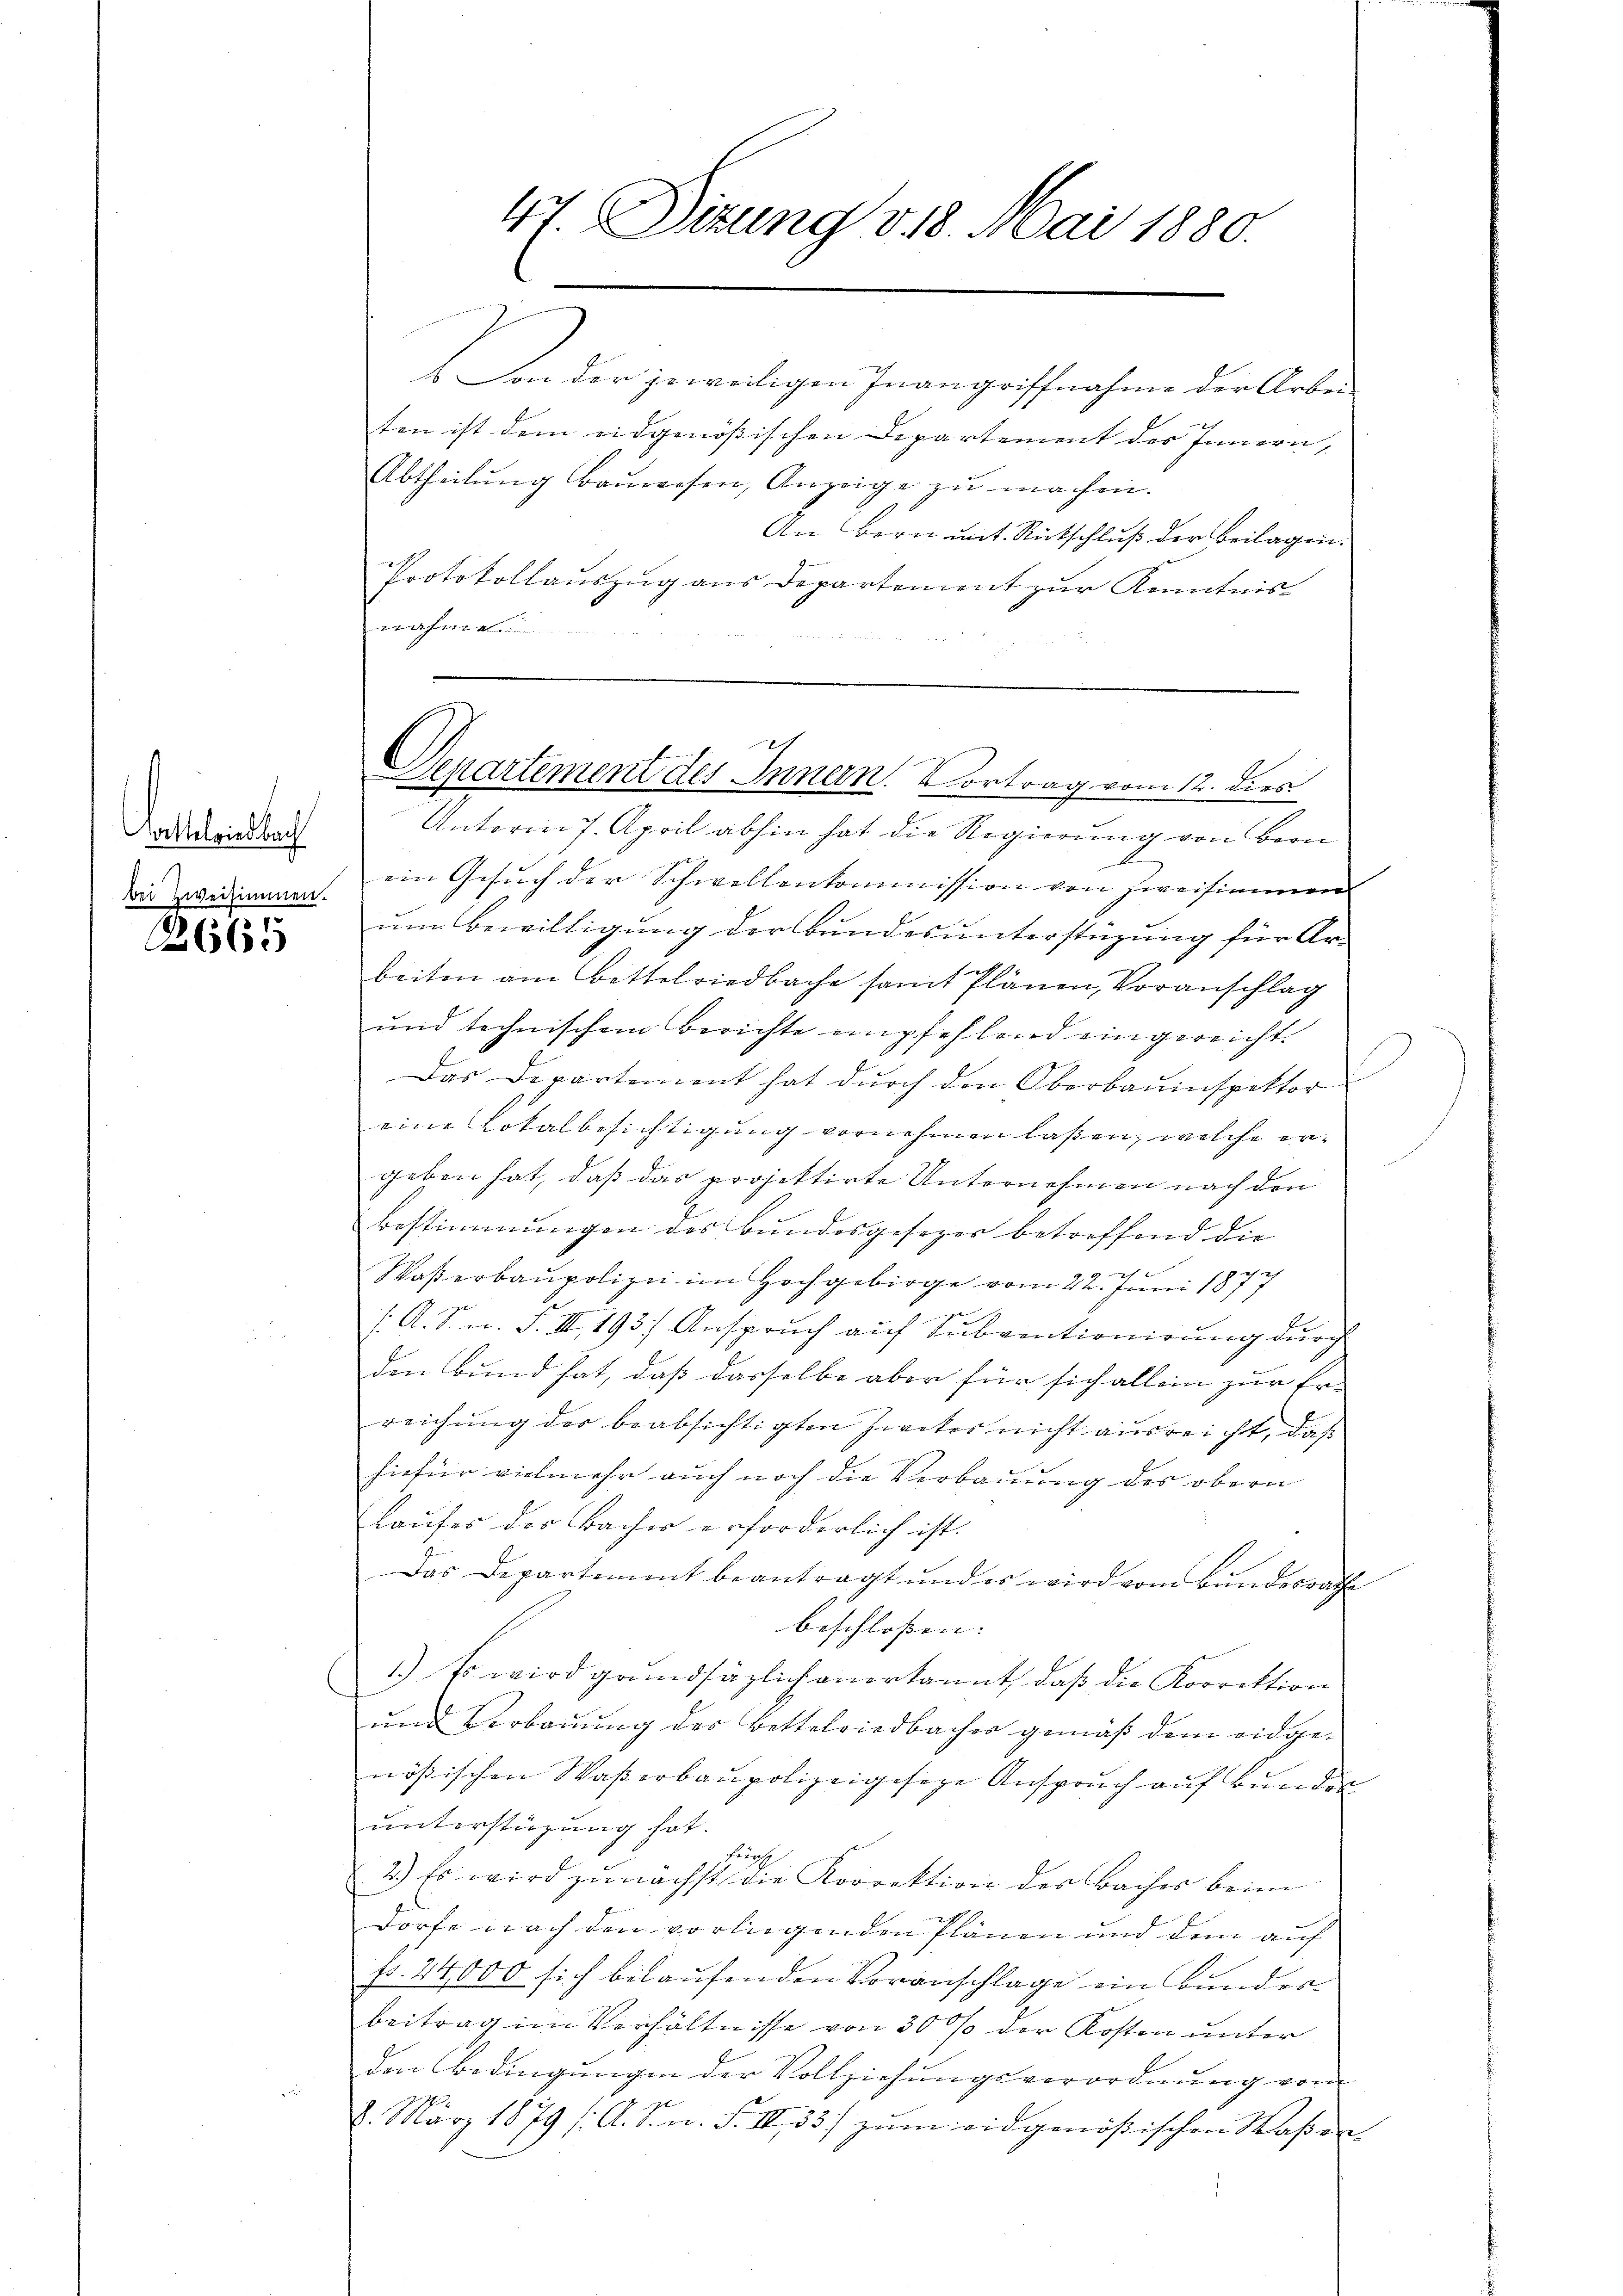
Cortelriedbach
bei Zweisimmen.

8
2660

Von der jeweiligen Inangriffnahme der Arbeiten ist dem eidgenössischen Departement des Innern, |
Abtheilŭng bauwesen, Anzeige zu machen.
An Bern mit Rückschluß der Beilagen.
Protokollauszug aus Departement zur Kenntnish

Unterm 7. April abhin hat die Regierung von Bern
ein Gesuch der Schwellenkommission von zweisimmen
um Bewilligung der Bundesunterstüzung für Ar-
beiten am Bettelriedbache samt Plänen, Voranschlag
und technischem Berichte empfehlend eingereicht
Das Departement hat durch den Oberbauinspektor
eine Lokalbesichtigung vornehmen laßen, welche ergeben hat, daß das projektirte Unternehmen nach den
Bestimmungen des Bundesgesezes betreffend die
Waßerbaupolizei im Hochgebirge vom 22. Juni 1877
/. A. S. n. F. II, 193.) Anspruch auf Subventionirung durch
den Bund hat, daß dasselbe aber für sich allein zur Er-
reichung der beabsichtigten Zweker nicht ausreicht, daß
hiefür vielmehr auch noch die Verbauung des obern
Laufes der Bacher erforderlich ist.
Das Departement beantragt und es wird vom Bundesrathe
beschlossen:
1.) Es wird grundsätzlich anerkannt, daß die Korrektion
und Verbauung des Bettelriedbacher gemäß dem eidgenößischen Wasserbaupolizeigeseze Anspruch auf bunden
unterstüzung hat.
Frun
2.) Es wird zunächst die Korrektion des Baches beim
dorfe nach den vorliegenden Plänen und dem auf
fr. 24,000 sich belaufenden Voranschlage ein Bunderbeitrag im Verhältnisse von 30 % der Kosten unter
den Bedingungen der Vollziehungsverordnung vom
8. März 1879 /A. S. n. F. III 33) zŭm eidgenößischen Waßer-

47 Dizung 318. Mai 1880.

Departement des Innern. Vortrag vom 12. dies